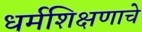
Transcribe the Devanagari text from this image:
धर्मशिक्षणाचे